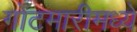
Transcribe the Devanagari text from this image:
गोटमारीमध्ये